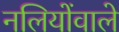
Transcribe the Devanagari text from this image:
नलियोंवाले